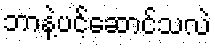
ဘာနဲ့ပင့်ဆောင်သလဲ